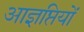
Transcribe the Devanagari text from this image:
आज्ञप्तियों